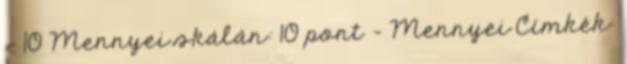
- 10 Mennyei skálán: 10 pont – Mennyei Címkék: